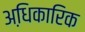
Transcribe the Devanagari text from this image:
अधि़कारिक